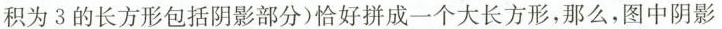
积为3的长方形包括阴影部分)恰好拼成一个大长方形，那么，图中阴影